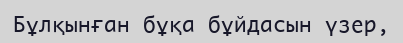
Бұлқынған бұқа бұйдасын үзер,